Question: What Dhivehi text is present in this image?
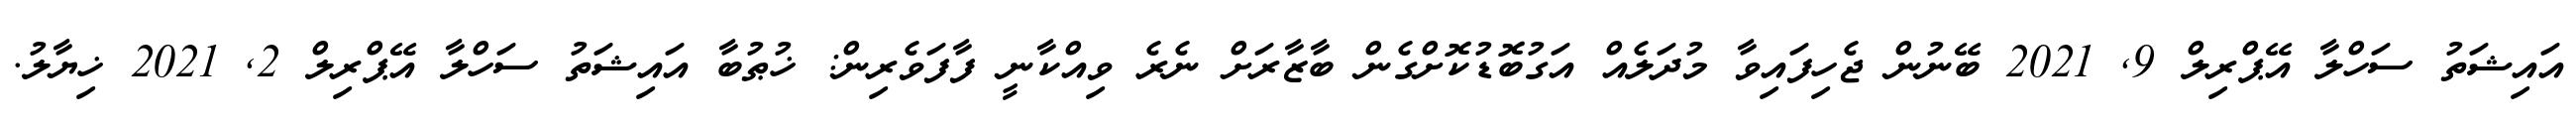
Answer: އައިޝަތު ސަހްލާ އޭޕްރިލް 9, 2021 ބޭނުން ޖެހިފައިވާ މުދަލެއް އަގުބޮޑުކޮށްގެން ބާޒާރަށް ނެރެ ވިއްކާނީ ފާފަވެރިން: ޚުޠުބާ އައިޝަތު ސަހްލާ އޭޕްރިލް 2, 2021 ޚިޔާލު.